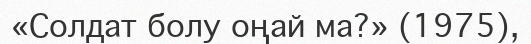
«Солдат болу оңай ма?» (1975),